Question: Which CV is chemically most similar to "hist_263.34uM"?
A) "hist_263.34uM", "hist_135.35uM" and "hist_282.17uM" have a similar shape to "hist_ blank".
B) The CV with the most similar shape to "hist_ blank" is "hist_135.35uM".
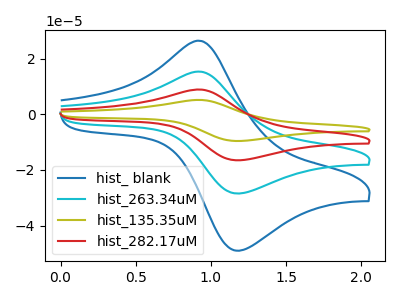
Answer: <think>The blue curve "hist_ blank" has an anodic peak at (0.90V, 26.45uA) and a cathodic peak at (1.15V, -48.90uA). The cyan curve "hist_263.34uM" has an anodic peak at (0.90V, 15.35uA) and a cathodic peak at (1.15V, -28.40uA). The olive curve "hist_135.35uM" has an anodic peak at (0.90V, 46.05uA) and a cathodic peak at (1.15V, -85.20uA). The red curve "hist_282.17uM" has an anodic peak at (0.90V, 30.70uA) and a cathodic peak at (1.15V, -56.80uA).
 All the peaks in "hist_ blank" have a peak in "hist_263.34uM" at the same potential. Every peak in "hist_ blank" is higher than every peak in "hist_263.34uM". All the peaks in "hist_ blank" have a peak in "hist_135.35uM" at the same potential. Every peak in "hist_ blank" is lower than every peak in "hist_135.35uM". All the peaks in "hist_ blank" have a peak in "hist_282.17uM" at the same potential. Every peak in "hist_ blank" is lower than every peak in "hist_282.17uM". All the peaks in "hist_263.34uM" have a peak in "hist_135.35uM" at the same potential. Every peak in "hist_263.34uM" is lower than every peak in "hist_135.35uM". All the peaks in "hist_263.34uM" have a peak in "hist_282.17uM" at the same potential. Every peak in "hist_263.34uM" is lower than every peak in "hist_282.17uM". All the peaks in "hist_135.35uM" have a peak in "hist_282.17uM" at the same potential. Every peak in "hist_135.35uM" is higher than every peak in "hist_282.17uM".</think>
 <answer>A) "hist_263.34uM", "hist_135.35uM" and "hist_282.17uM" have a similar shape to "hist_ blank".</answer>
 <eval>A</eval>